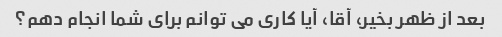
بعد از ظهر بخیر، آقا، آیا کاری می توانم برای شما انجام دهم؟